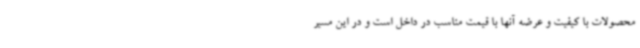
محصولات با کیفیت و عرضه آنها با قیمت مناسب در داخل است و در این مسیر